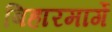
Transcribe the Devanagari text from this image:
बिहारमार्गे